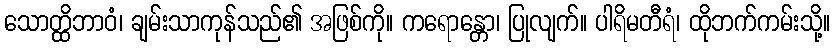
သောတ္ထိဘာဝံ၊ ချမ်းသာကုန်သည်၏ အဖြစ်ကို။ ကရောန္တော၊ ပြုလျက်။ ပါရိမတီရံ၊ ထိုဘက်ကမ်းသို့။